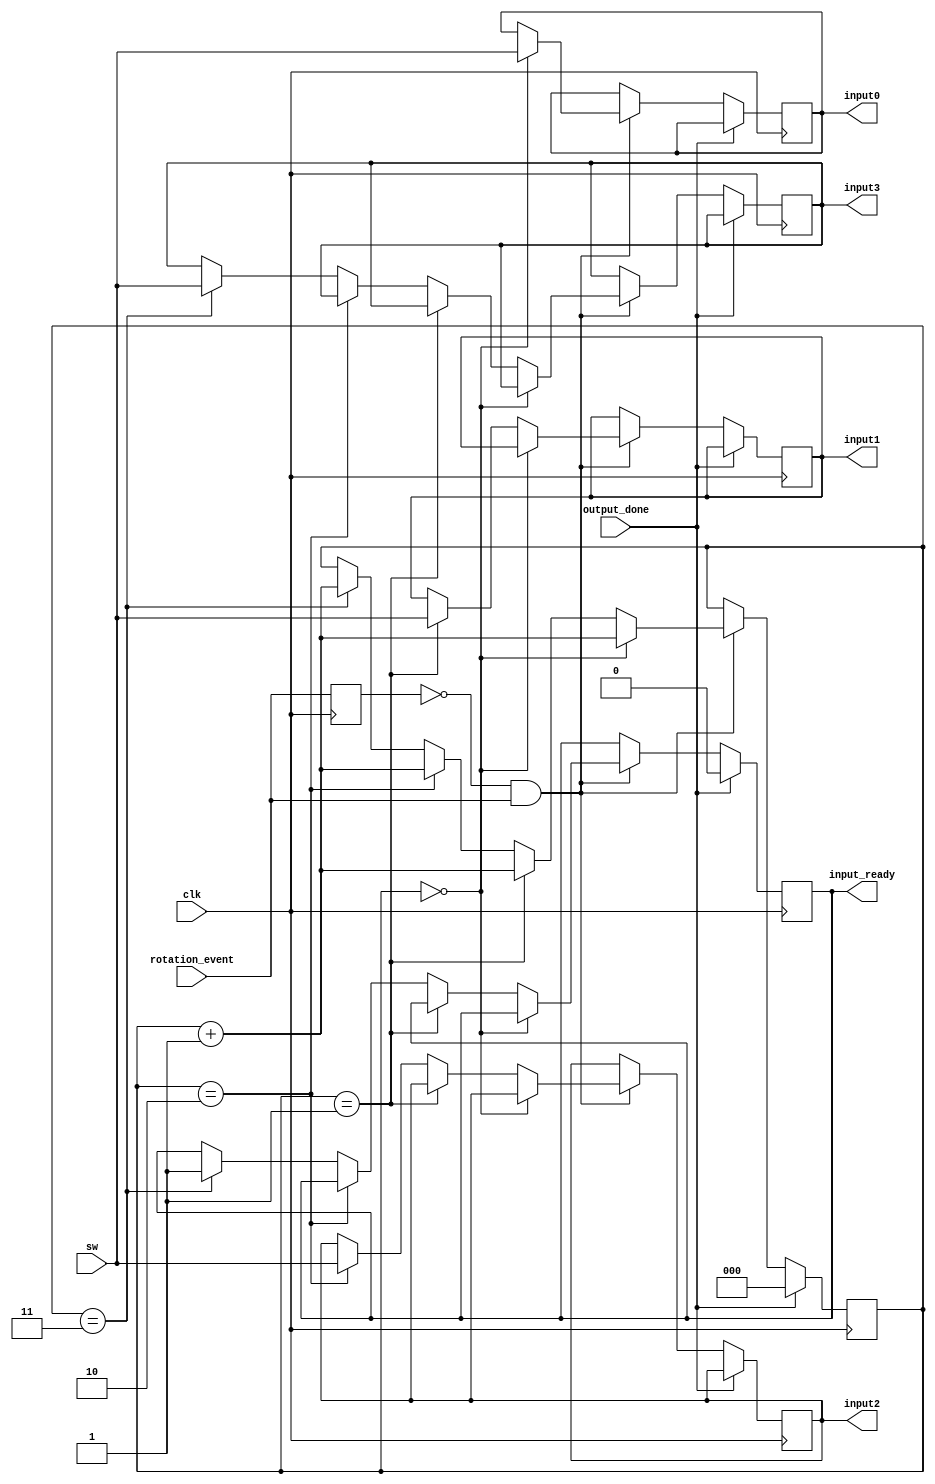
`timescale 1ns / 1ps
//////////////////////////////////////////////////////////////////////////////////
// Company: 
// Engineer: 
// 
// Design Name: 
// Module Name:    input_interface 
// Project Name: 
// Target Devices: 
// Tool versions: 
// Description: 
//
// Dependencies: 
//
// Revision: 
// Revision 0.01 - File Created
// Additional Comments: Authored by Mainak Chaudhuri
//
//////////////////////////////////////////////////////////////////////////////////
module input_interface(clk, rotation_event, sw, output_done, input0, input1, input2, input3, input_ready
    );

   	input clk;
   	input rotation_event;
	input [2:0] sw;
	input output_done;
	
	output [2:0] input0;
	output [2:0] input1;
	output [2:0] input2;
	output [2:0] input3;
	output input_ready;
	
	reg [2:0] input0;
	reg [2:0] input1;
	reg [2:0] input2;
	reg [2:0] input3;
	reg input_ready;
	
	reg [2:0] counter;
	reg prev_rotation_event;
	
	initial begin
	   	counter = 0;
		prev_rotation_event = 1;
		input_ready = 0;
	end
	
	always @ (posedge clk) begin
	   	if (output_done == 1) begin
		   	counter <= 0;
			input_ready <= 0;
		end
		else if ((prev_rotation_event == 0) && (rotation_event == 1)) begin
		   	if (counter == 0) begin
			   	input0 <= sw;
				counter <= counter + 1;
			end
			else if (counter == 1) begin
			   	input1 <= sw;
				counter <= counter + 1;
			end
			else if (counter == 2) begin
			   	input2 <= sw;
				counter <= counter + 1;
			end
			else if (counter == 3) begin
			   	input3 <= sw;
				counter <= counter + 1;
				input_ready <= 1;
			end
		end
		prev_rotation_event <= rotation_event;
	end

endmodule